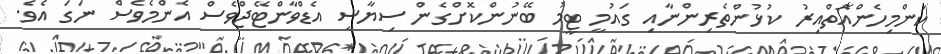
ކަންމިހެންއޮތްއިރު ކުޅުންތެރިންނާއި ގައުމީ ޓީމު ބޭނުންކޮށްގެން ސިޔާސީ އެޑްވާންޓޭޖްވެސް އެންމެވެސް ނަގަ އެވެ.